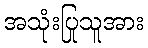
အသုံးပြုသူအား